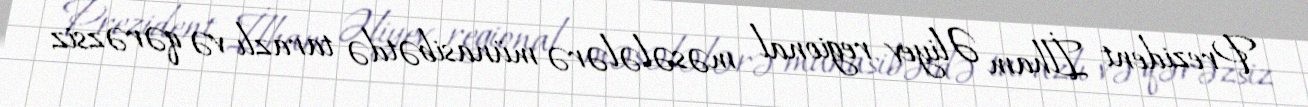
Prezident İlham Əliyev regional məsələlərə münasibətdə tarazlı və qərəzsiz